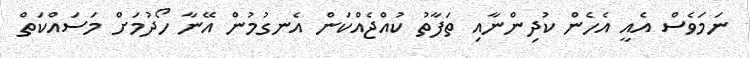
ނަމަވެސް އެއީ އެހެން ކުދިންނާއި ތަފާތު ކުއްޖެއްކަން އެނގުމުން އޭނާ ހޯދުމަށް މަސައްކަތް